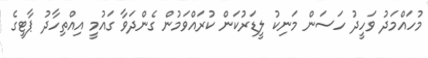
މުހައްމަދު ވަހީދު ހަސަން މަނިކު ލީޑަރުކަން ކުރައްވަމުން ގެންދަވާ ގައުމީ އިއްތިހާދު ޕާޓީގެ